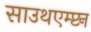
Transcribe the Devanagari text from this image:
साउथएम्प्टन